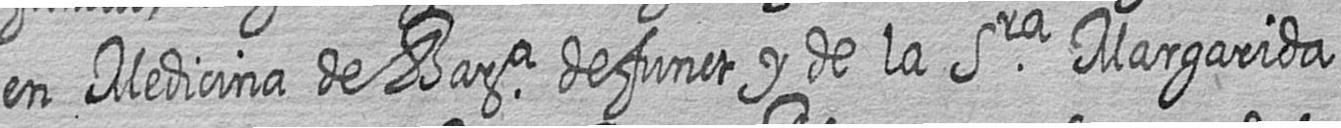
en Medicina de Bara defunct y de la Sra Margarida